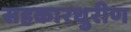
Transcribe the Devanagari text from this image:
सहकारधुरीण